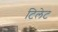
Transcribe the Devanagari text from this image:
टिलेट